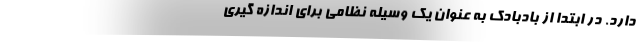
دارد. در ابتدا از بادبادک به عنوان یک وسیله نظامی برای اندازه گیری